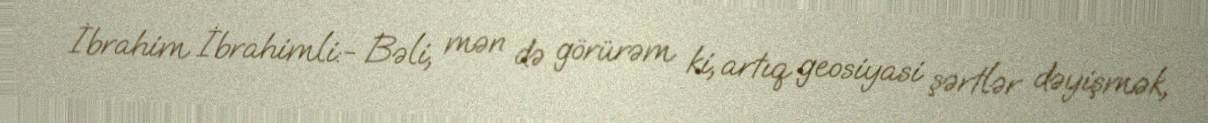
İbrahim İbrahimli:- Bəli, mən də görürəm ki, artıq geosiyasi şərtlər dəyişmək,